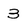
Character: 3